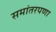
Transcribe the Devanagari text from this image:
समांतरपणा